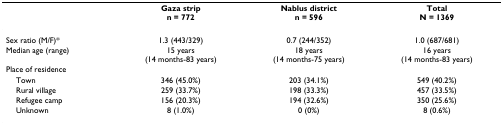
<table><thead><tr><td></td><td><b>Gaza stripn = 772</b></td><td><b>Nablus districtn = 596</b></td><td><b>TotalN = 1369</b></td></tr></thead><tbody><tr><td>Sex ratio (M/F)*</td><td>1.3 (443/329)</td><td>0.7 (244/352)</td><td>1.0 (687/681)</td></tr><tr><td>Median age (range)</td><td>15 years(14 months-83 years)</td><td>18 years(14 months-75 years)</td><td>16 years(14 months-83 years)</td></tr><tr><td>Place of residence</td><td></td><td></td><td></td></tr><tr><td> Town</td><td>346 (45.0%)</td><td>203 (34.1%)</td><td>549 (40.2%)</td></tr><tr><td> Rural village</td><td>259 (33.7%)</td><td>198 (33.3%)</td><td>457 (33.5%)</td></tr><tr><td> Refugee camp</td><td>156 (20.3%)</td><td>194 (32.6%)</td><td>350 (25.6%)</td></tr><tr><td> Unknown</td><td>8 (1.0%)</td><td>0 (0%)</td><td>8 (0.6%)</td></tr></tbody></table>